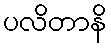
ပလိတာနိ